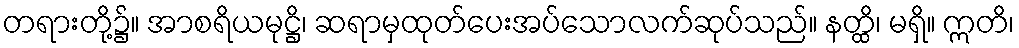
တရားတို့၌။ အာစရိယမုဋ္ဌိ၊ ဆရာမှထုတ်ပေးအပ်သောလက်ဆုပ်သည်။ နတ္ထိ၊ မရှိ။ ဣတိ၊